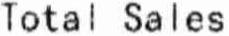
TOTAL SALES